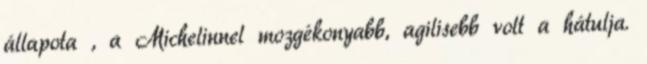
állapota , a Michelinnel mozgékonyabb, agilisebb volt a hátulja.